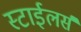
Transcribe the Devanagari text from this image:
स्टाईलर्स